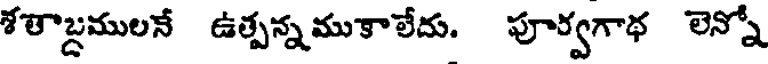
శతాబ్దములనే ఉత్పన్నముకాలేదు. పూర్వగాథ లెన్నో